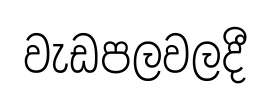
වැඩපලවලදී